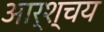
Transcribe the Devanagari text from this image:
आर्श्चय